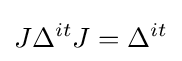
J\Delta ^{it}J=\Delta ^{it}